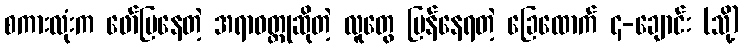
စကားလုံးက ဖော်ပြနေတဲ့ အရာဝတ္ထုဆိုတဲ့ လူတွေ မြန်နေရတဲ့ ခြေထောက် ၄-ချောင်း (သို့)